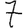
Digit: 7